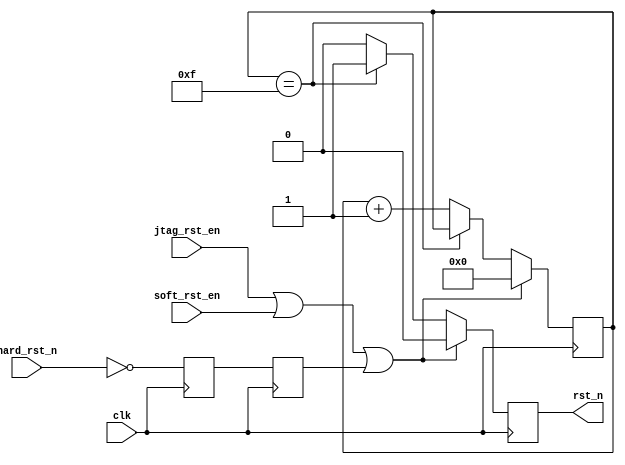
module rstc (
    input wire clk,
    input wire hard_rst_n,  //
    input wire soft_rst_en, //
    input wire jtag_rst_en, //JTAG
    output reg rst_n
);
reg [3:0] sys_rst_cnt = 4'h0;//
reg hard_rst_r,hard_rst_en;

//
always @(posedge clk) begin
    hard_rst_r <= ~hard_rst_n;
    hard_rst_en <= hard_rst_r;
    if (jtag_rst_en | soft_rst_en | hard_rst_en) begin//
        sys_rst_cnt <= 4'h0;
        rst_n <= 1'b0;
    end
    else begin//
        if(sys_rst_cnt == 4'hF) begin//
            sys_rst_cnt <= sys_rst_cnt;
            rst_n <= 1'b1;
        end
        else begin//
            sys_rst_cnt <= sys_rst_cnt + 1;
            rst_n <= 1'b0;
        end
    end
end

endmodule